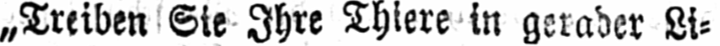
„Treiben Sie Ihre Thiere in gerader Li⸗